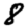
Digit: 8